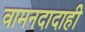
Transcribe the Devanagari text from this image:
वामनदादाही